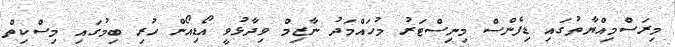
މިރަސްމިއްޔާތުގައި ޑިފެންސް މިނިސްޓަރު މުހައްމަދު ނާޒިމް ވިދާޅުވީ އޯޑިއޯން ހުރި ބިމުގައި މިސްކިތް